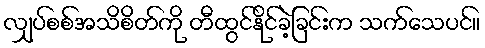
လျှပ်စစ်အသိစိတ်ကို တီထွင်နိုင်ခဲ့ခြင်းက သက်သေပင်။